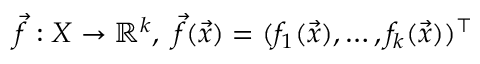
{ \vec { f } } : X \to \mathbb { R } ^ { k } , \ { \vec { f } } ( { \vec { x } } ) = ( f _ { 1 } ( { \vec { x } } ) , \ldots , f _ { k } ( { \vec { x } } ) ) ^ { \intercal }